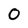
Character: O